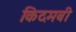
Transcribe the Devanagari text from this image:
किदमबी